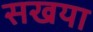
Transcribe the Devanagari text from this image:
सखया